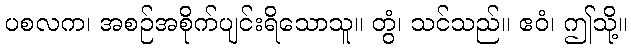
ပစလက၊ အစဉ်အစိုက်ပျင်းရိသောသူ။ တွံ၊ သင်သည်။ ဧဝံ၊ ဤသို့။